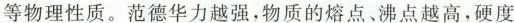
等物理性质。范德华力越强，物质的熔点、沸点越高，硬度